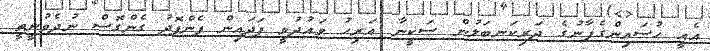
އެއީ ޙުސައިންގެފާނުގެ ދަރިކަނބަލުން ސަކީނާ އަރިހު ވައުދުވީ ފަދައިން ފެންފޮދު ގެންގޮސް ނުދެވުނީތީ